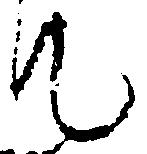
て